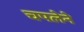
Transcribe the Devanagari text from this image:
चपलेने